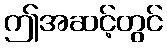
ဤအဆင့်တွင်